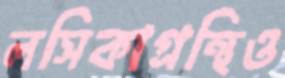
লসিকাগ্রন্থিও